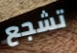
تشجع